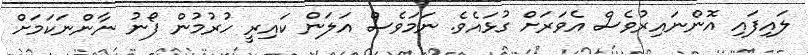
ލައިފައި އޮންނައިރުވެސް އެވަރަށް ގުޅައެވެ. ނަމަވެސް އަލަން ކައިރީ ހުރުމުން ފޯނު ނާންނަކަމަށް